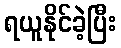
ရယူနိုင်ခဲ့ပြီး